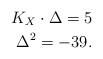
LaTeX: \begin{align*}K_X\cdot \Delta =5\\\Delta^2=-39. \end{align*}